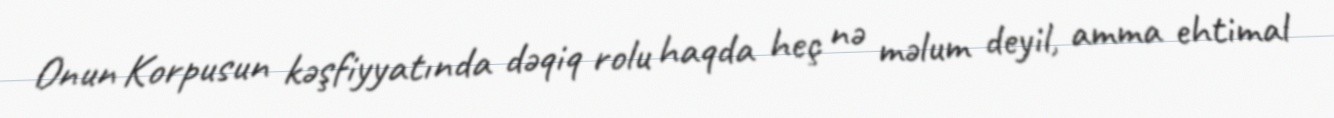
Onun Korpusun kəşfiyyatında dəqiq rolu haqda heç nə məlum deyil, amma ehtimal